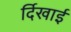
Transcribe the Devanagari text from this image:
र्दिखाई